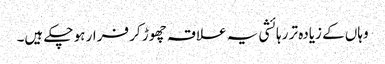
وہاں کے زیادہ تر رہائشی یہ علاقہ چھوڑ کر فرار ہو چکے ہیں۔